Leaving Certificate, 1897
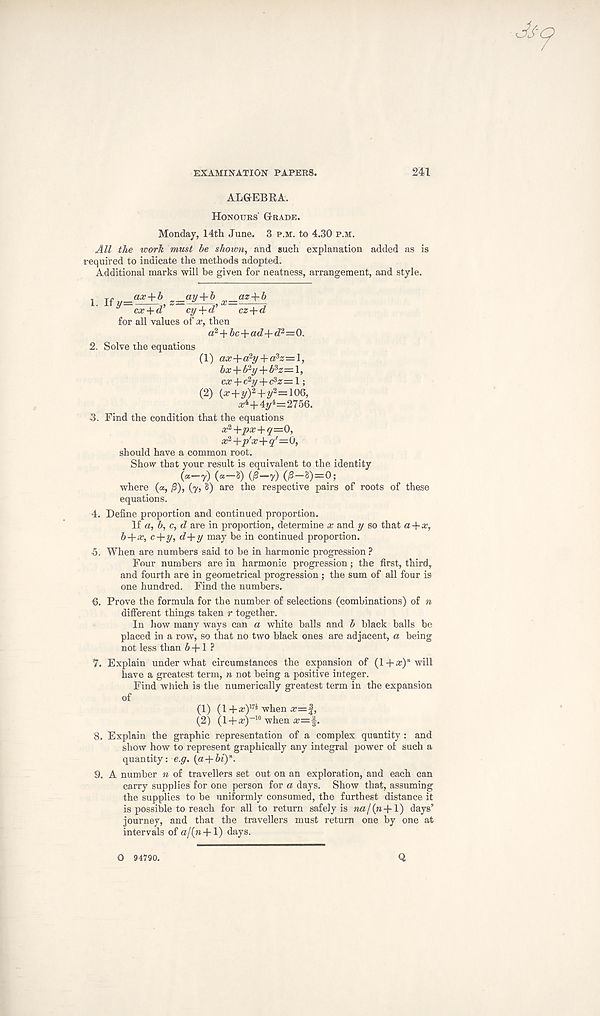
EXAMINATION PAPERS.
241
ALGEBEA.
Honours' Grade.
Monday, 14tlx June. 3 p.m. to 4.30 p.m.
All the work must be shown, and such explanation added as is
required to indicate the methods adopted.
Additional marks will be given for neatness, arrangement, and style.
i if v - ax + b — a y+ h
T - az + b
y cx+d’ cy+d' cz+d
for all values of x, then
a 2 + 6c+=0.
2. Solve the equations (1) aaT+a 2 y + o 3 2 : =l,
bx+bhj+i 3 z=1,
c«-f-c 2 y + c 3 «=l;
(2) (^+y) 2 +y 2 =106,
^+4y 4 =2756.
3. Find the condition that the equations
x 2 -\-px-\-q=Q,
x 2 +p'x+q'—0,
should have a common root.
Show that your result is equivalent to the identity
(«-7) (“-&) 03-7) (P-*)=0;
where (a, j5), (7, S) are the respective pairs of roots of these
equations.
4. Define proportion and continued proportion.
If a, b, c, d are in proportion, determine x and y so that a+x,
b+x, c-\-y, d-\-y may be in continued proportion.
5. When are numbers said to be in harmonic progression ?
Four numbers are in harmonic progression; the first, third,
and fourth are in geometrical progression ; the sum of all four is
one hundred. Find the numbers.
€. Prove the formula for the number of selections (combinations) of n
different things taken r together.
In how many ways can a white balls and b black balls be
placed in a row, so that no two black ones are adjacent, a being
not less than 6 + 1 ?
7. Explain under what circumstances the expansion of (1 +a?)” will
have a greatest term, n not being a positive integer.
Find which is the numerically greatest term in the expansion
of
(1) (1+a?) 17i when a?=f,
(2) (1 + a?) -10 when x—'.
3. Explain the graphic representation of a complex quantity : and
show how to represent graphically any integral power of such a
quantity: e.g. [a+bt) n .
9. A number n of travellers set out on an exploration, and each can
carry supplies for one person for a days. Show that, assuming
the supplies to be uniformly consumed, the furthest distance it
is possible to reach for all to return safely is na/(n+l) days’
journey, and that the travellers must return one by one at
intervals of a/(n + l) days.
O 94790.
Q